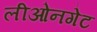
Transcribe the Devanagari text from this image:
लीओनगेट